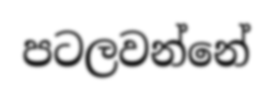
පටලවන්නේ